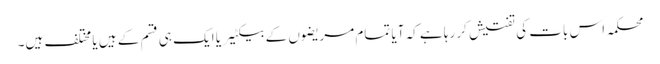
محکمہ اس بات کی تفتیش کر رہا ہے کہ آیا تمام مریضوں کے بیکٹیریا ایک ہی قسم کے ہیں یا مختلف ہیں۔